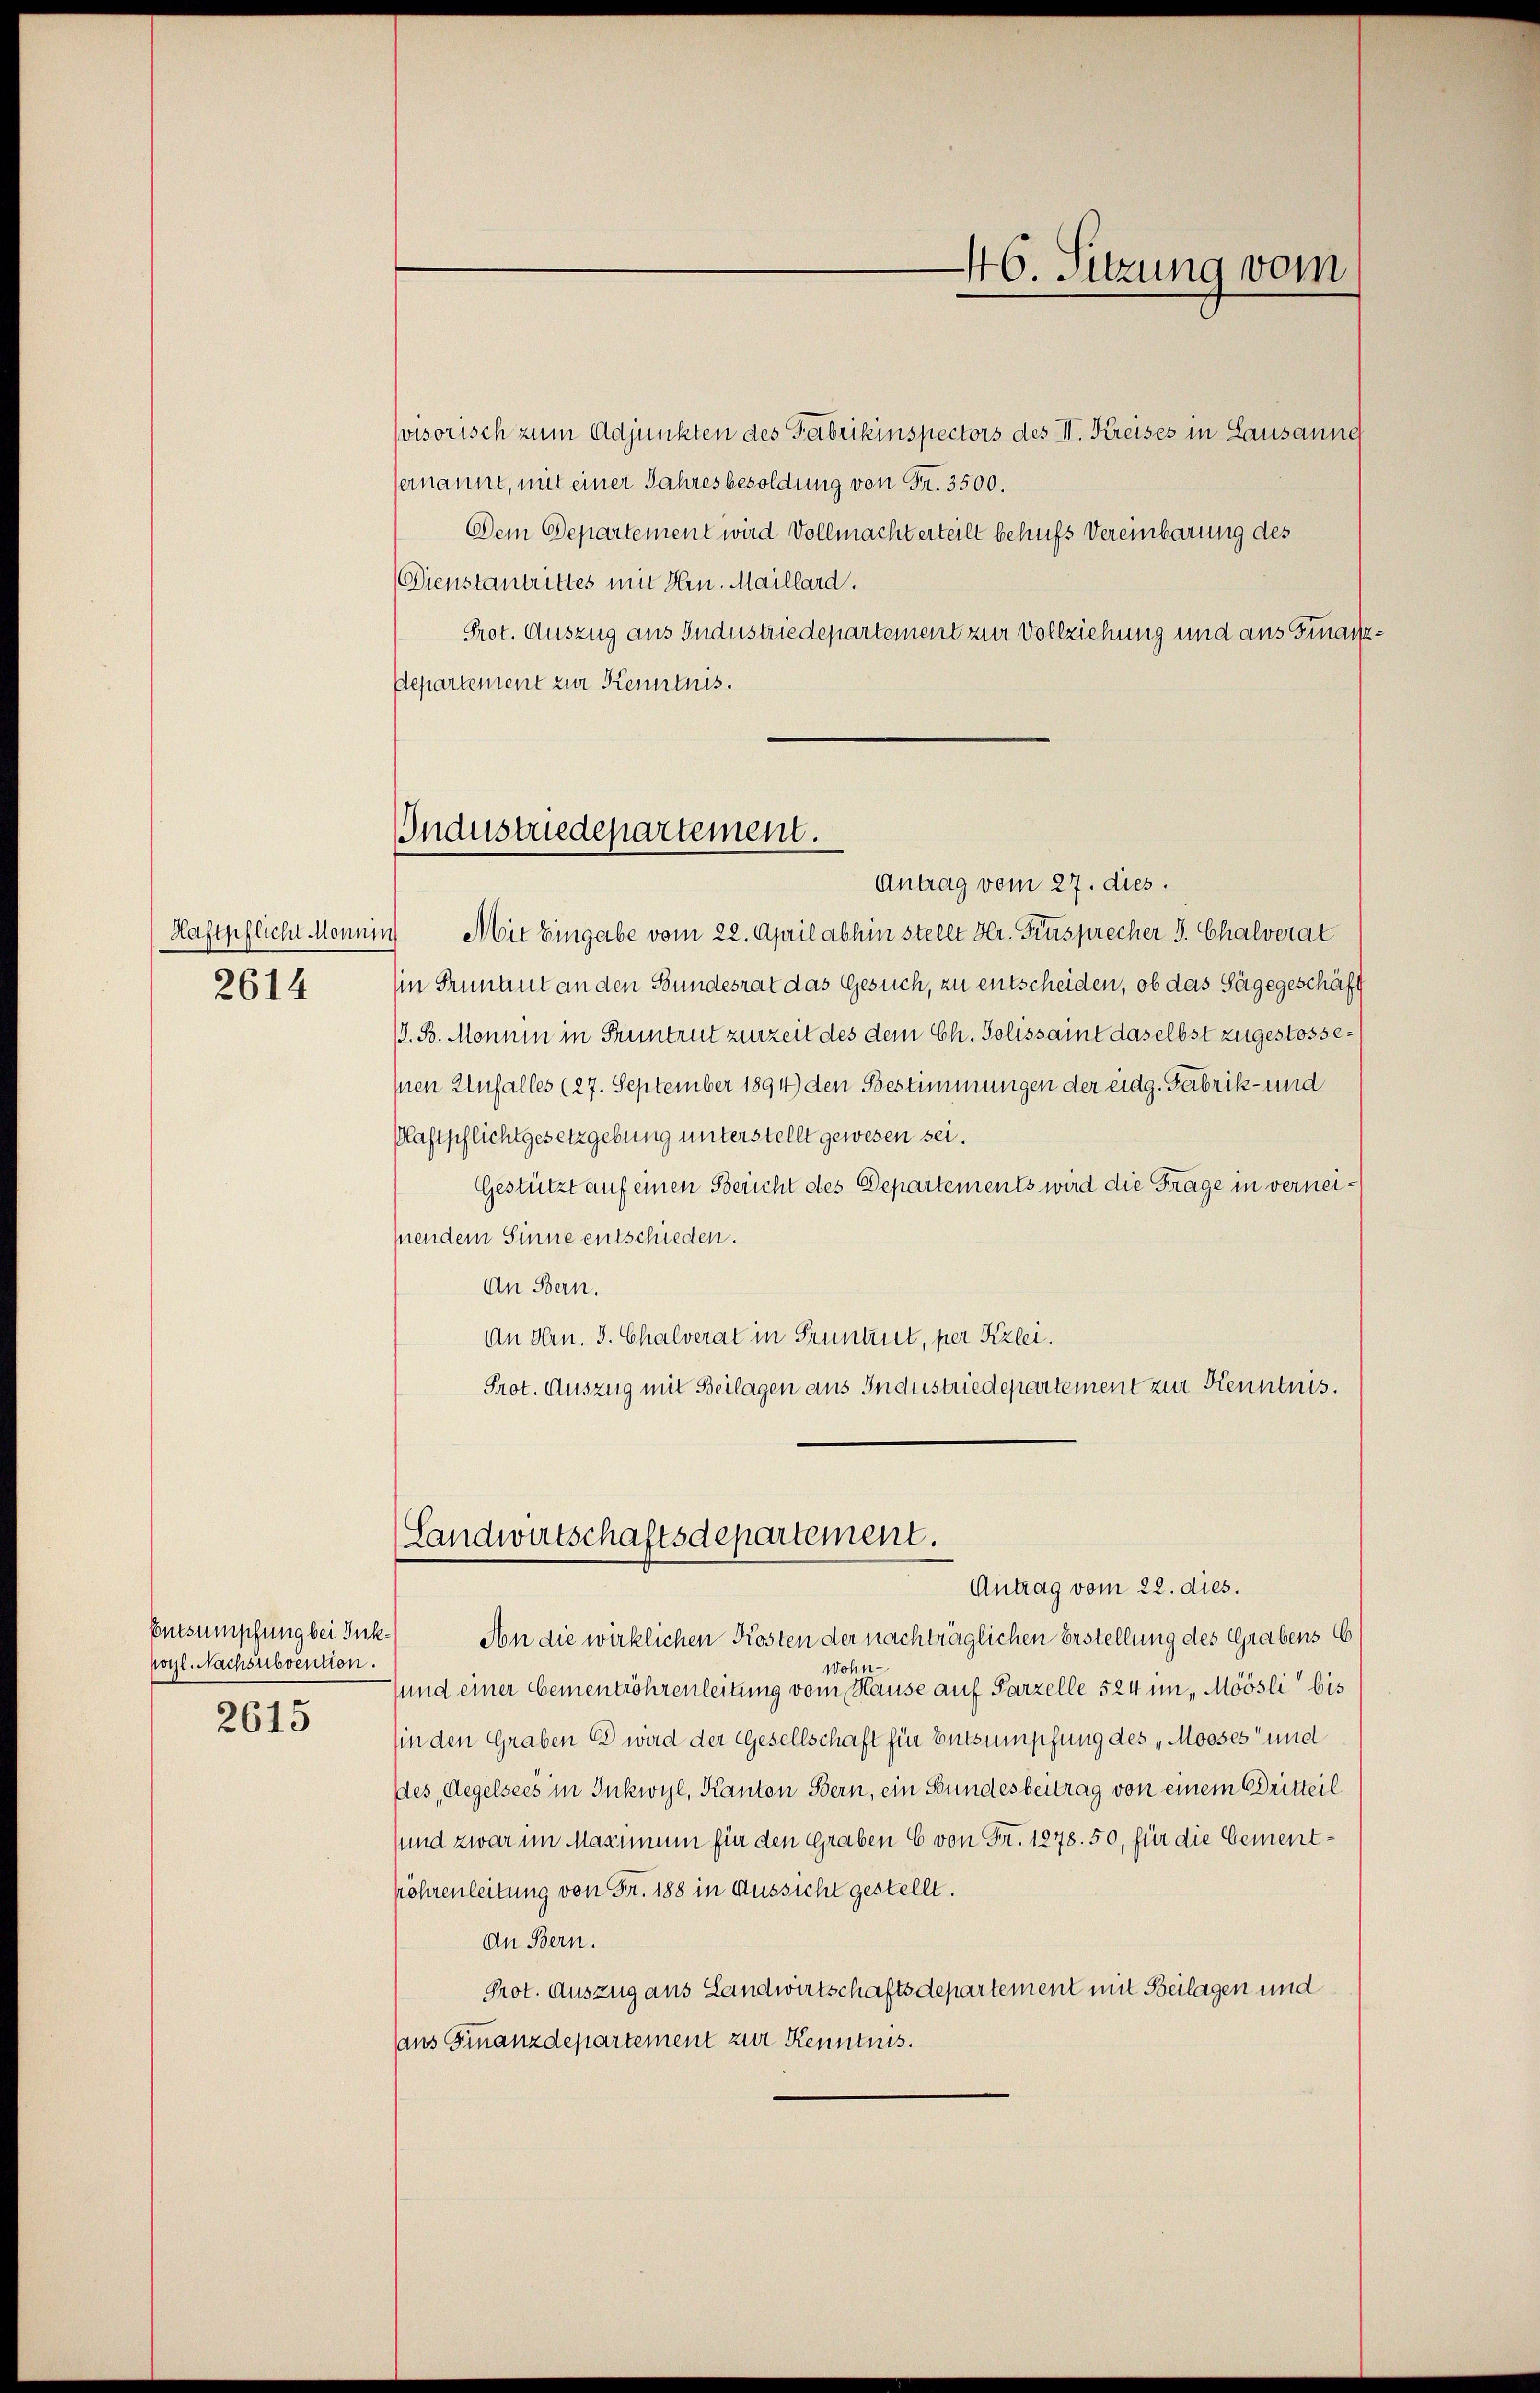
2614

Entsumpfung bei Ink
pogl. Nachsubvention.
2615

visorisch zum Adjunkten des Fabrikinspectors des II. Kreises in Lausannd
ernannt, mit einer Jahresbesoldung von Fr. 3500.
Dem Departement wird Vollmacht erteilt behufs Vereinbarung des
Dienstantrittes mit Hrn. Maillard.
Prot. Auszug aus Industriedepartement zur Vollziehung und aus Finanz¬
Departement zur Kenntnis.

Industriedepartement.

46. Sitzung vom

Antrag vom 27. dies.
Haftpflicht Monum Mit Eingabe vom 22. April abhin stellt Hr. Fürsprecher J. Chalverat
in Pruntrut an den Bundesrat das Gesuch, zu entscheiden, ob das Sägegeschäft
J. B. Monnin in Pruntrut zurzeit des dem Ch. Solissaint daselbst zugestossemen Unfalles (27. September 1894) den Bestimmungen der eidg. Fabrik- und
Plastschlichtgesetzgebung unterstellt gewesen sei.
Gestützt auf einen Bericht des Departements wird die Frage in verneipendem Sinne entschieden.
An Bern.
An Hrn. J. Chalverat in Pruntrut, per Kzlei.
Prot. Auszug mit Beilagen aus Industriedepartement zur Kenntnis.

Landwirtschaftsdepartement.
Antrag vom 22. dies.

An die wirklichen Kosten der nachträglichen Erstellung des Grabens 6
Wohn-
sund einer Cementröhrenleitung vom Hause auf Parzelle 524 in Möösli bis
sin den Graben Er wird der Gesellschaft für Entsumpfung des „Mooses und
Des, Regelsees in Inkwyl, Kanton Bern, ein Bundesbeitrag von einem Dritteil
sund zwar im Maximum für den Graben C von Fr. 1278. 50, für die Cement¬
Röhrenleitung von Fr. 188 in Aussicht gestellt.
An Bern.
Prot. Auszug aus Landwirtschaftsdepartement mit Beilagen und
aus Finanzdepartement zur Kenntnis.